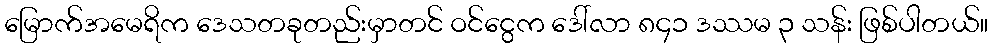
မြောက်အမေရိက ဒေသတခုတည်းမှာတင် ဝင်ငွေက ဒေါ်လာ ၈၄၁ ဒဿမ ၃ သန်း ဖြစ်ပါတယ်။